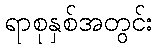
ရာစုနှစ်အတွင်း